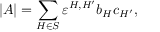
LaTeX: | A | = \sum _ { H \in S } \varepsilon ^ { H , H ^ { \prime } } b _ { H } c _ { H ^ { \prime } } ,